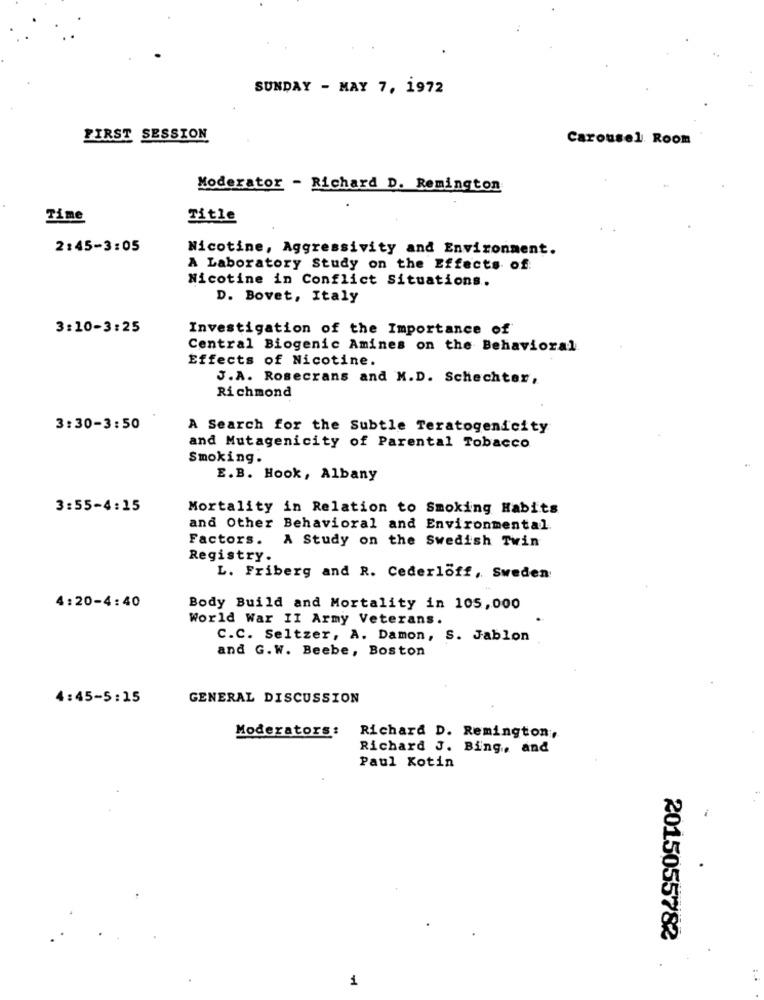
SUNDAY - MAY 7, 1972
FIRST SESSION
Carousel Room
Moderator - Richard D. Remington
Time
Title
2:45-3:05
Nicotine, Aggressivity and Environment.
A Laboratory Study on the Effects of:
Nicotine in Conflict Situations.
D. Bovet, Italy
3:10-3:25
Investigation of the Importance of
Central Biogenic Amines on the Behavioral
Effects of Nicotine.
J.A. Rosecrans and M.D. Schechter,
Richmond
3:30-3:50
A Search for the Subtle Teratogenicity
and Mutagenicity of Parental Tobacco
Smoking.
E.B. Hook, Albany
3:55-4:15
Mortality in Relation to Smoking Habits
and Other Behavioral and Environmental
Factors.
A Study on the Swedish Twin
Registry.
L. Friberg and R. Cederloff, Sweden
4:20-4:40
Body Build and Mortality in 105,000
World War II Army Veterans.
C.C. Seltzer, A. Damon, S. Jablon
and G.W. Beebe, Boston
4:45-5:15
GENERAL DISCUSSION
Moderators:
Richard D. Remington,
Richard J. Bing, and
Paul Kotin
2015055782
1